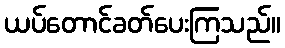
ယပ်တောင်ခတ်ပေးကြသည်။